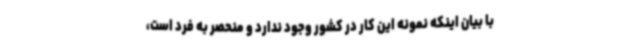
با بیان اینکه نمونه این کار در کشور وجود ندارد و منحصر به فرد است،